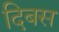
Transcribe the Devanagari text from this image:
दिबस